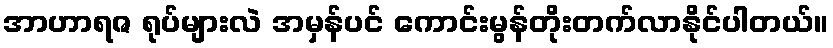
အာဟာရဇ ရုပ်များလဲ အမှန်ပင် ကောင်းမွန်တိုးတက်လာနိုင်ပါတယ်။